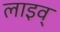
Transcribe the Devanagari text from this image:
लाइव्